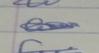
Signature authenticity: genuine